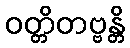
ဝတ္တိတဗ္ဗန္တိ